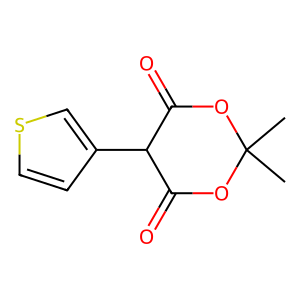
SMILES: CC1(C)OC(=O)C(c2ccsc2)C(=O)O1
Inhibits HIV replication: No